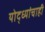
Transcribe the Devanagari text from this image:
योद्ध्यांचाही